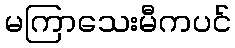
မကြာသေးမီကပင်